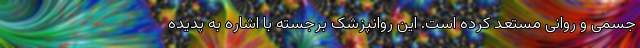
جسمی و روانی مستعد کرده است. این روانپزشک برجسته با اشاره به پدیده